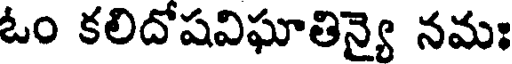
ఓం కలిదోషవిఘాతిన్యై నమః